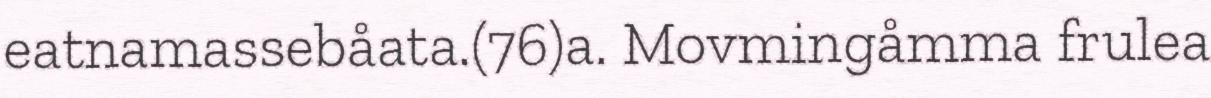
eatnamassebåata.(76)a. Movmingåmma frulea